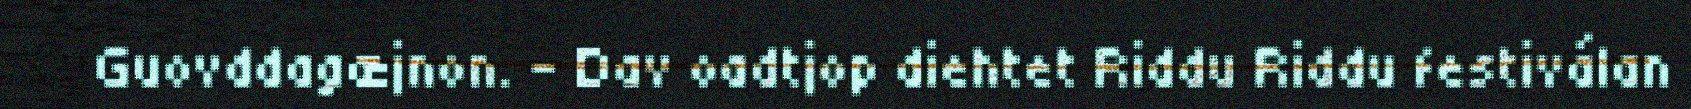
Guovddagæjnon. - Dav oadtjop diehtet Riddu Riddu festiválan